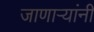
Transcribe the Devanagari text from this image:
जाणार्‍यांनी